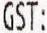
GST: